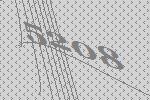
5208